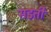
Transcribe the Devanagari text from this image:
सडती